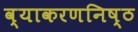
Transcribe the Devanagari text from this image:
व्याकरणनिष्ठ